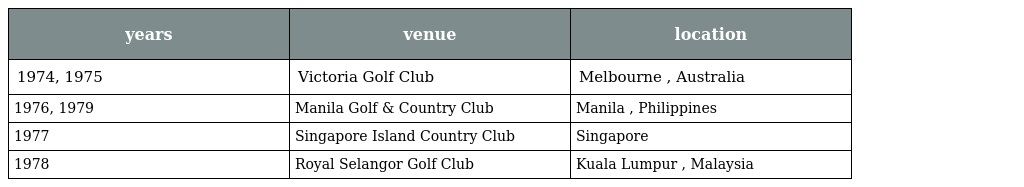
| years | venue | location |
 | --- | --- | --- |
 | 1974, 1975 | Victoria Golf Club | Melbourne , Australia |
 | 1976, 1979 | Manila Golf & Country Club | Manila , Philippines |
 | 1977 | Singapore Island Country Club | Singapore |
 | 1978 | Royal Selangor Golf Club | Kuala Lumpur , Malaysia |